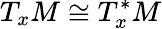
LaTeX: T_{x}M\cong T_{x}^{*}M